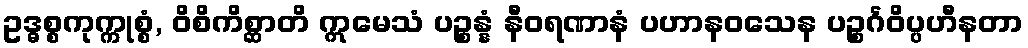
ဥဒ္ဓစ္စကုက္ကုစ္စံ, ဝိစိကိစ္ဆာတိ ဣမေသံ ပဉ္စန္နံ နီဝရဏာနံ ပဟာနဝသေန ပဉ္စင်္ဂဝိပ္ပဟီနတာ